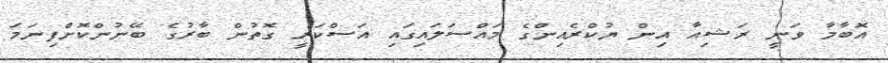
އޮބާމާ ވަނީ ރަޝިއާ އިިން ޔުކްރެއިންގެ މައްސަލައިގައި އަސްކަރީ ގޮތުން ބާރުގެ ބޭނުންކޮށްފިނަމަ